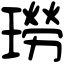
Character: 𤩂